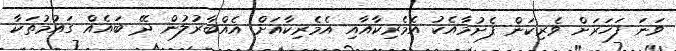
ވަނަ ފަހަރަށް ވެރިކަން ފެށުމާއެކު އެމެރިކާއާއި އެމެރިކާއަށް އެއްބާރުލުން ދޭ ބައެއް ގައުމުތަކާ